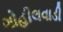
ગોહીલવાડી